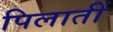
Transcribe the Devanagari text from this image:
पिलातीं